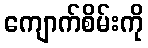
ကျောက်စိမ်းကို